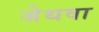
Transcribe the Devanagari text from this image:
जेथवा